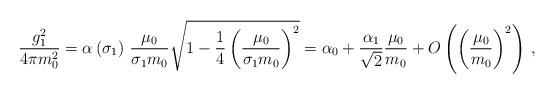
LaTeX: \begin{align*}\frac{g_1^2}{4\pi m_0^2}=\alpha\left(\sigma_1\right)\,\frac{\mu_0}{\sigma_1m_0}\sqrt{1-\frac{1}{4}\left(\frac{\mu_0}{\sigma_1m_0}\right)^2}=\alpha_0+\frac{\alpha_1}{\sqrt{2}}\frac{\mu_0}{m_0}+O\left(\left(\frac{\mu_0}{ m_0}\right)^2\right)\,,\end{align*}